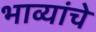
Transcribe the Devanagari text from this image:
भाव्यांचे